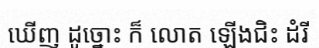
ឃើញ ដូច្នោះ ក៏ លោត ឡើងជិះ ដំរី